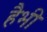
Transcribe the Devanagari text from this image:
हैभी